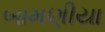
બામણીયા